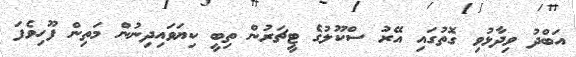
އަބްދު ވިދާޅުވި ގޮތުގައި އޭރު ސްކޫލުގެ ޓީޗަރުން ތިބީ ކިޔަވައިދިނުން މަތިން ފޫހިވެފަ